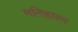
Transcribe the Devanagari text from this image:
मनिहारन